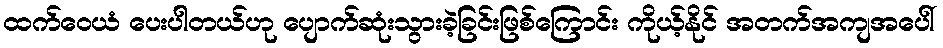
ထက်ဝေယံ ပေးပါတယ်ဟု ပျောက်ဆုံးသွားခဲ့ခြင်းဖြစ်ကြောင်း ကိုယ့်နိုင် အတက်အကျအပေါ်